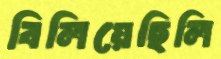
বিলিয়েছিলি